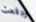
ودفعت